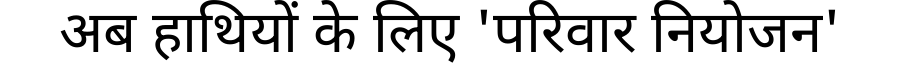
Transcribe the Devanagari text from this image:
अब हाथियों के लिए 'परिवार नियोजन'